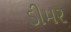
ડીમર